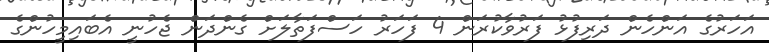
އަހަރުގެ އަންހެން ދަރިފުޅު ފަރުވާކުރަން 4 ފަހަރު ހަސްފަތާލަށް ގެންދަން ޖެހުނީ އެބައިމީހުންގެ